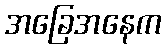
အခြေအနေက